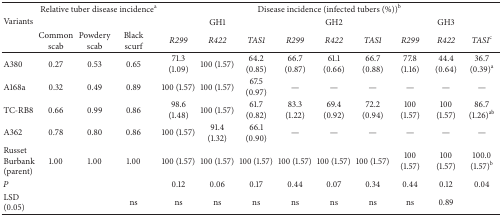
| <ROWSPAN=3> Variants | <COLSPAN=3> Relative tuber disease incidencea | <COLSPAN=9> Disease incidence (infected tubers (%))b |
 | <COLSPAN=3>  | <COLSPAN=3> GH1 | <COLSPAN=3> GH2 | <COLSPAN=3> GH3 |
 | Common scab | Powdery scab | Black scurf | R299 | R422 | TAS1 | R299 | R422 | TAS1 | R299 | R422 | TAS1c |
 | --- | --- | --- | --- | --- | --- | --- | --- | --- | --- | --- | --- | --- |
 | A380 | 0.27 | 0.53 | 0.65 | 71.3 (1.09) | 100 (1.57) | 64.2 (0.85) | 66.7 (0.87) | 61.1 (0.66) | 66.7 (0.88) | 77.8 (1.16) | 44.4 (0.64) | 36.7 (0.39)a |
 | A168a | 0.32 | 0.49 | 0.89 | 100 (1.57) | 100 (1.57) | 67.5 (0.97) | — | — | — | — | — | — |
 | TC-RB8 | 0.66 | 0.99 | 0.86 | 98.6 (1.48) | 100 (1.57) | 61.7 (0.82) | 83.3 (1.22) | 69.4 (0.92) | 72.2 (0.94) | 100 (1.57) | 100 (1.57) | 86.7 (1.26)ab |
 | A362 | 0.78 | 0.80 | 0.86 | 100 (1.57) | 91.4 (1.32) | 66.1 (0.90) | — | — | — | — | — | — |
 | Russet Burbank (parent) | 1.00 | 1.00 | 1.00 | 100 (1.57) | 100 (1.57) | 100 (1.57) | 100 (1.57) | 100 (1.57) | 100 (1.57) | 100 (1.57) | 100 (1.57) | 100.0 (1.57)b |
 | P |  |  |  | 0.12 | 0.06 | 0.17 | 0.44 | 0.07 | 0.34 | 0.44 | 0.12 | 0.04 |
 | LSD (0.05) |  |  | ns | ns | ns | ns | ns | ns | ns | ns | 0.89 |